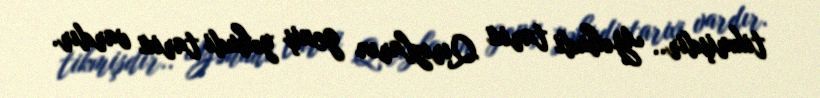
tikmişdir.. Yəhudi tarixi Qırızların geniş yəhudi tarixi vardır.